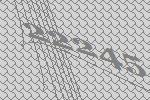
22245